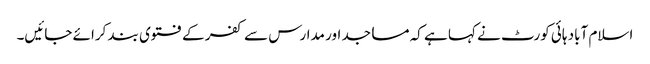
اسلام آباد ہائی کورٹ نے کہا ہے کہ مساجد اور مدارس سے کفر کے فتوی بند کرائے جائیں۔